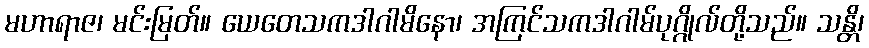
မဟာရာဇ၊ မင်းမြတ်။ ယေတေသကဒါဂါမိနော၊ အကြင်သကဒါဂါမ်ပုဂ္ဂိုလ်တို့သည်။ သန္တိ၊